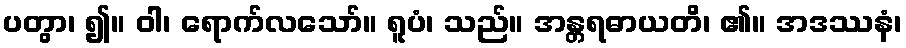
ပတွာ၊ ၍။ ဝါ၊ ရောက်လသော်။ ရူပံ၊ သည်။ အန္တရဓာယတိ၊ ၏။ အဒဿနံ၊